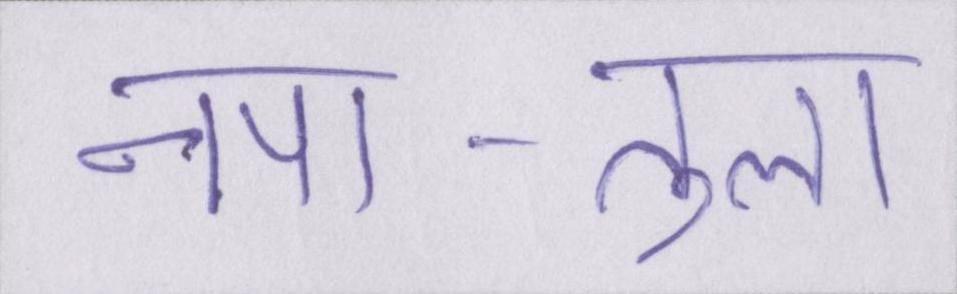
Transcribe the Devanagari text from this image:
नपा-तुला